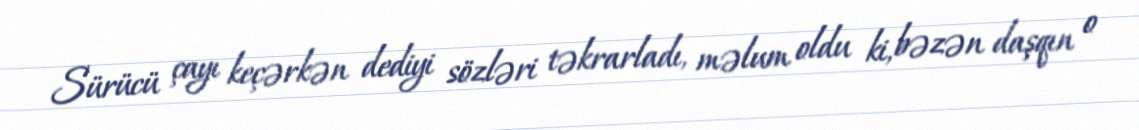
Sürücü çayı keçərkən dediyi sözləri təkrarladı, məlum oldu ki, bəzən daşqın o